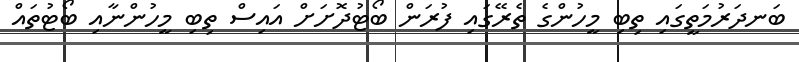
ބަނދަރުމަތީގައި ތިބި މީހުންގެ ތެރޭގައި ފުރަން ބޯޓުދޮށަށް އައިސް ތިބި މީހުންނާއި ބޯޓުތައް